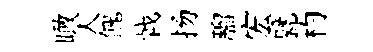
瞰人餽㦸扬騮宏甓杓